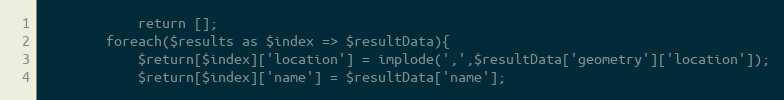
Language: PHP
            return [];
        foreach($results as $index => $resultData){
            $return[$index]['location'] = implode(',',$resultData['geometry']['location']);
            $return[$index]['name'] = $resultData['name'];